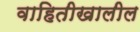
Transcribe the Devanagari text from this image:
वाहितीखालील